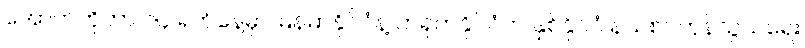
အောက်တိုဘာ ၁၄ ရက်နေ့မှာ မြန်မာနိုင်ငံနဲ့ တရုတ်နိုင်ငံက နှစ်နိုင်ငံ နယ်စပ်ကုန်သွယ်ရေး